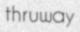
thruway